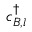
c _ { B , l } ^ { \dagger }